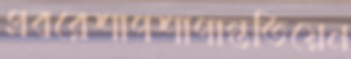
প্রবরেশাপশাপান্ততিয়েন